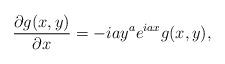
LaTeX: \begin{align*}\frac{{\partial g(x,y)}}{{\partial x}} = - iay^a e^{iax} g(x,y),\end{align*}